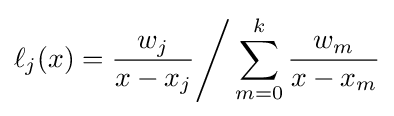
\ell _{j}(x)={\frac {w_{j}}{x-x_{j}}}{\Bigg /}\sum _{m=0}^{k}{\frac {w_{m}}{x-x_{m}}}